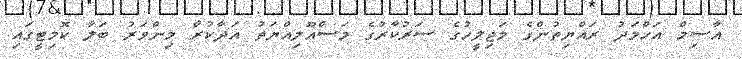
އާސިމް އަހްމަދު ރައްޔިތުންގެ މަޖިލީހުގެ ސަރުކާރުގެ މަސްއޫލިއްޔަތު އަދާކުރާ މިންވަރު ބަލާ ކޮމިޓީގައި